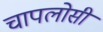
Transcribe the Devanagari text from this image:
चापलोसी